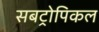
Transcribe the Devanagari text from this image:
सबट्रोपिकल